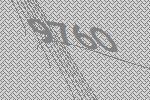
9760